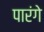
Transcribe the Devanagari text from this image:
पारंगे